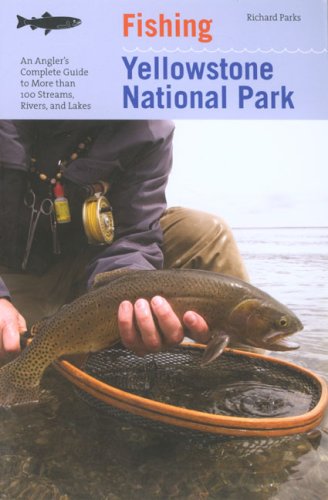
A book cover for Fishing Yellowstone National Park, 3rd: An Angler's Complete Guide to More than 100 Streams, Rivers, and Lakes (Regional Fishing Series); Richard Parks; Travel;